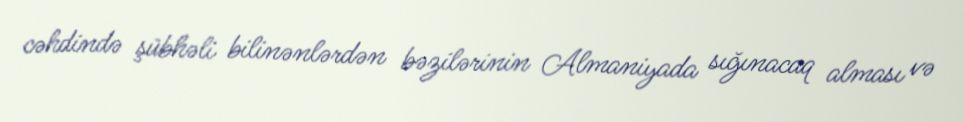
cəhdində şübhəli bilinənlərdən bəzilərinin Almaniyada sığınacaq alması və